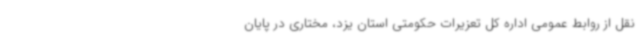
نقل از روابط عمومی اداره کل تعزیرات حکومتی استان یزد، مختاری در پایان